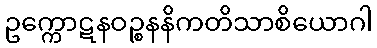
ဥက္ကောဋနဝဉ္စနနိကတိသာစိယောဂါ